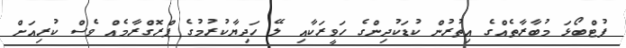
ފުޓްބޯޅަ މުބާރާތެއްގެ އިތުރުން ކުޑަކުދިންގެ ހަވީރަކާއި ލޭ ހަދިޔާކުރުމުގެ ޕްރޮގްރާމެއް ވެސް ކުރިއަށް